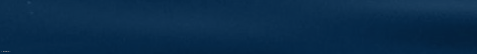
مطعم الكراميل: وجبات شهية